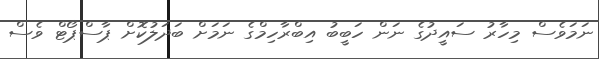
ނަމަވެސް މިހާރު ސައީދުގެ ނަން ހަބީބު އިބްރާހިމްގެ ނަމަށް ބަދަލުކޮށް ޕާސްޕޯޓް ވެސް